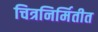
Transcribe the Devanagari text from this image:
चित्रनिर्मितीत